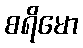
စရိမော